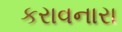
કરાવનારા